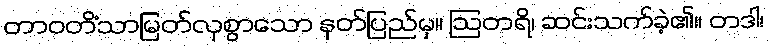
တာဝတိံသာမြတ်လှစွာသော နတ်ပြည်မှ။ ဩတရိ၊ ဆင်းသက်ခဲ့၏။ တဒါ၊